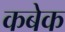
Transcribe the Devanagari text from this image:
कबेक